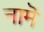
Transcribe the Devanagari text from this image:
नामॆ